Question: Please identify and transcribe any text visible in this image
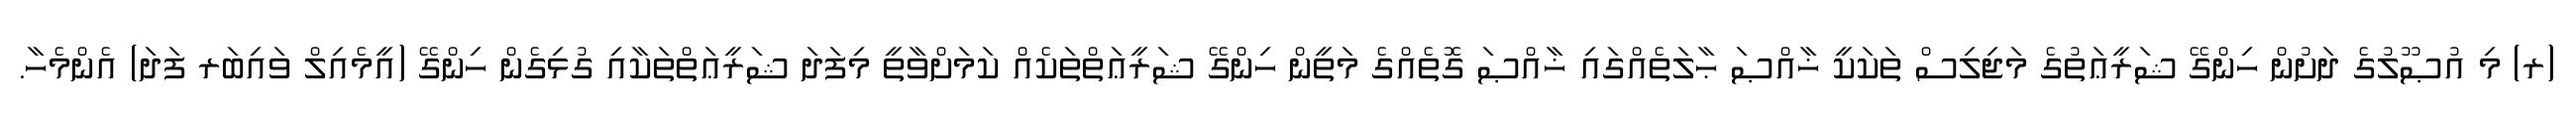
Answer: (ރ) މި އުޞޫލުގެ ދަށުން ހިންގޭ ޝަރީޢަތުގެ މަޖިލިސް ތަކަކީ ޚާއްޞަ ޙާލަތެއްގައި ޚާއްޞަ ގޮތެއްގެ މަތީން ހިންގޭ ޝަރީޢަތްތަކެއް ކަމަށްވާތީ މިފަދަ ޝަރީޢަތްތަކާއި ގުޅިގެން ހިންގޭ (އީމެއިލް ވައިބަރ ފަދަ) އެންމެހާ.